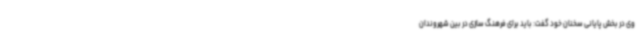
وی در بخش پایانی سخنان خود گفت: باید برای فرهنگ سازی در بین شهروندان